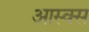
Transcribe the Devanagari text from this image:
आस्क्स